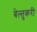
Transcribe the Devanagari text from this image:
बेल्तुकरी